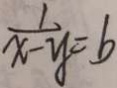
\frac { 1 } { x - y } = b